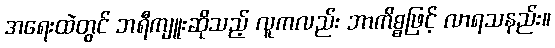
အရေးထဲတွင် ဘရီကျူးဆိုသည့် လူကလည်း ဘာကိစ္စဖြင့် လာရသနည်း။